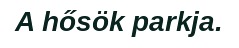
A hősök parkja.